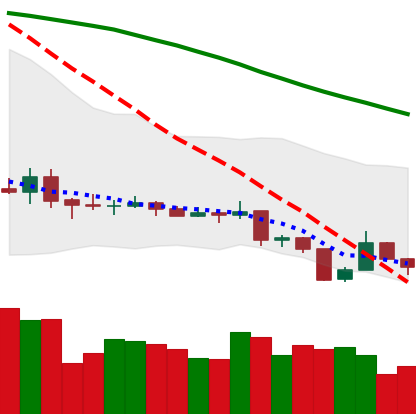
Ticker: XLM-USD
Chart end date: 2019-08-13
Forward return: -4.554%
Label: down_3_5